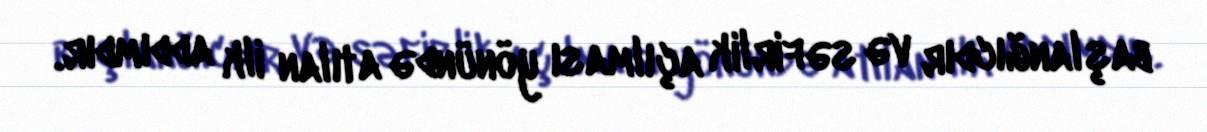
başlanğıcdır və səfirlik açılması yönündə atılan ilk addımdır.